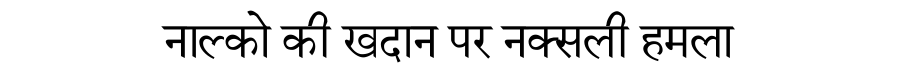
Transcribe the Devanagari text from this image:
नाल्को की खदान पर नक्सली हमला